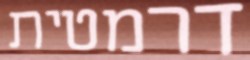
דרמטית